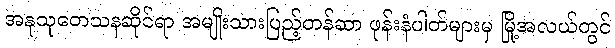
အနုသုတေသနဆိုင်ရာ အမျိုးသားပြည့်တန်ဆာ ဖုန်းနံပါတ်များမှ မြို့အလယ်တွင်